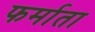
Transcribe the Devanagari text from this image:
फर्माता